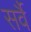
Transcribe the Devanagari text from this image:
सर्वै